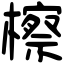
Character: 檫